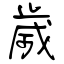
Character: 歲